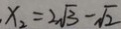
x _ { 2 } = 2 \sqrt { 3 } - \sqrt { 2 }